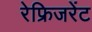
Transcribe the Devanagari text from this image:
रेफ्रिजरेंट